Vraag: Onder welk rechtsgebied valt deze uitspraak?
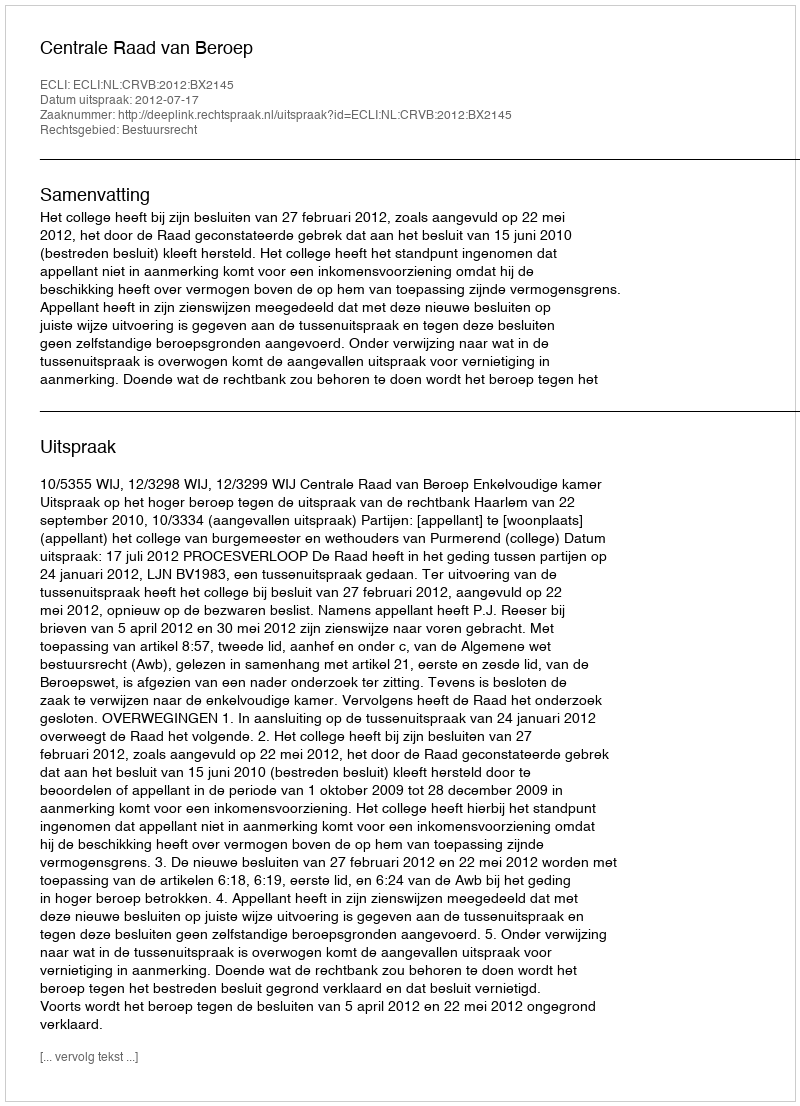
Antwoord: Bestuursrecht